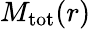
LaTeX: M_{\mathrm{tot}}(r)